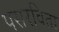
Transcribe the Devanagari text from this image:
पसरविता